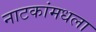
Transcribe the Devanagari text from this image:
नाटकांमधला